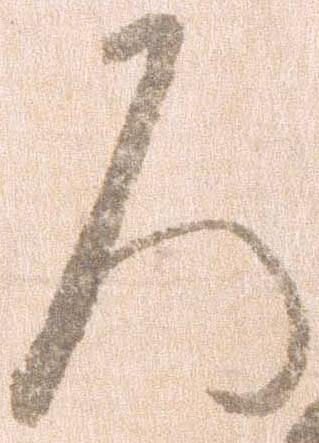
ろ